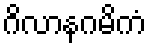
ဂိလာနဂမိကံ